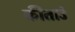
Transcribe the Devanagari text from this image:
कीताउं